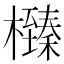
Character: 㰉